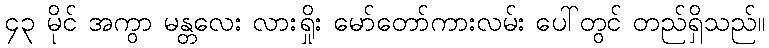
၄၃ မိုင် အကွာ မန္တလေး လားရှိုး မော်တော်ကားလမ်း ပေါ်တွင် တည်ရှိသည်။